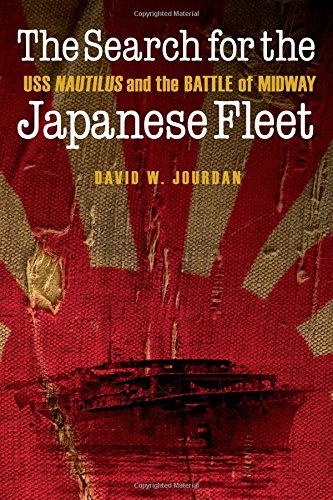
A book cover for The Search for the Japanese Fleet: USS Nautilus and the Battle of Midway; David W. Jourdan; History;